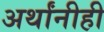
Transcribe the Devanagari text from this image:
अर्थांनीही